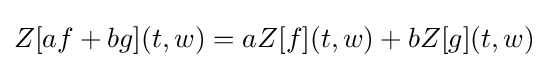
Z[af+bg](t,w)=aZ[f](t,w)+bZ[g](t,w)